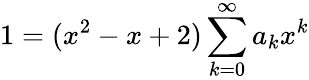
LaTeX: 1=(x^{2}-x+2)\sum_{k=0}^{\infty}a_{k}x^{k}